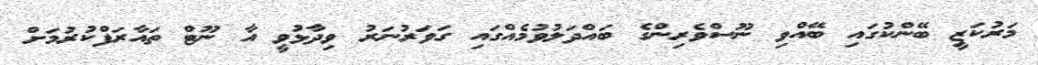
މަރުކަޒީ ބޭންކުގައި ބޭއްވި ނޫސްވެރިންގެ ބައްދަލުވުމެއްގައި ގަވަރުނަރު ވިދާޅުވީ އާ ނޫޓް ތައާރަފްކުރުމަށް